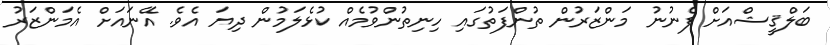
ބަލްޤީޝްއަށް ފެނުނު މަންޒަރުން ތުންފަތުގައި ހިނިތުންވުމެއް ކުޅެލަމުން ދިޔަ އެވެ. އޭނައަށް އެމަންޒަރު